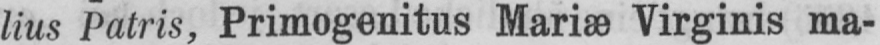
lius Patris, Primogenitus Mariæ Virginis ma-